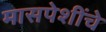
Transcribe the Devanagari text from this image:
मासपेशींचे